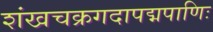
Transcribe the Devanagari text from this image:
शंखचक्रगदापद्मपाणिः